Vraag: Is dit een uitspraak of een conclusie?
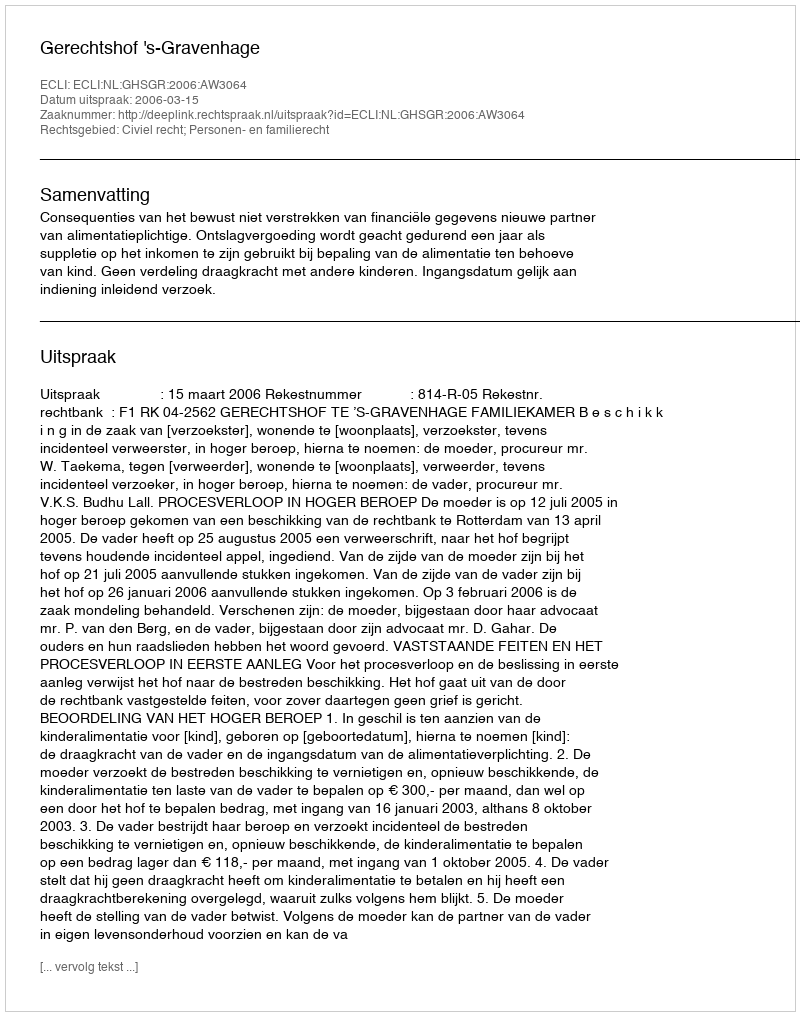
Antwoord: Uitspraak